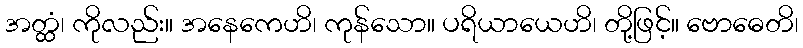
အတ္ထံ၊ ကိုလည်း။ အနေကေဟိ၊ ကုန်သော။ ပရိယာယေဟိ၊ တို့ဖြင့်။ ဗောဓေတိ၊